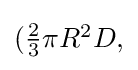
{\textstyle ({\frac {2}{3}}\pi R^{2}D,}